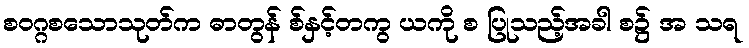
စဝဂ္ဂစသောသုတ်က ဓာတွန် စ်နှင့်တကွ ယကို စ ပြုသည့်အခါ စ၌ အ သရ